画像に写った文字を読んでください
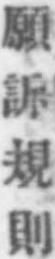
「願訴規則」と書いてあります